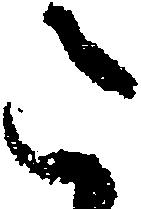
令